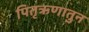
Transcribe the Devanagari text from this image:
पितृऋणातुन